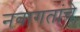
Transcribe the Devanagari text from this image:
नवागतांचे